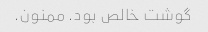
گوشت خالص بود. ممنون.